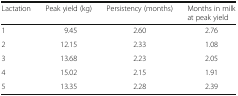
<table><thead><tr><td><b>Lactation</b></td><td><b>Peak yield (kg)</b></td><td><b>Persistency (months)</b></td><td><b>Months in milk at peak yield</b></td></tr></thead><tbody><tr><td>1</td><td>9.45</td><td>2.60</td><td>2.76</td></tr><tr><td>2</td><td>12.15</td><td>2.33</td><td>1.08</td></tr><tr><td>3</td><td>13.68</td><td>2.23</td><td>2.05</td></tr><tr><td>4</td><td>15.02</td><td>2.15</td><td>1.91</td></tr><tr><td>5</td><td>13.35</td><td>2.28</td><td>2.39</td></tr></tbody></table>